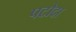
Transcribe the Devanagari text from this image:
पटोदा